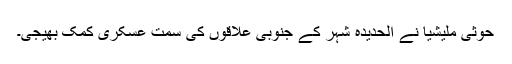
حوثی ملیشیا نے الحدیدہ شہر کے جنوبی علاقوں کی سمت عسکری کمک بھیجی۔